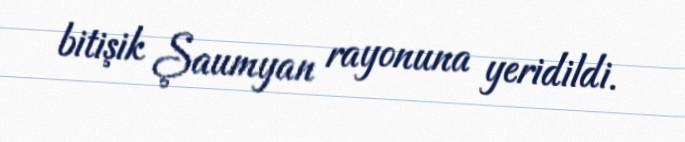
bitişik Şaumyan rayonuna yeridildi.